Annual administration and progress report of the Indian Medical Department, Bombay
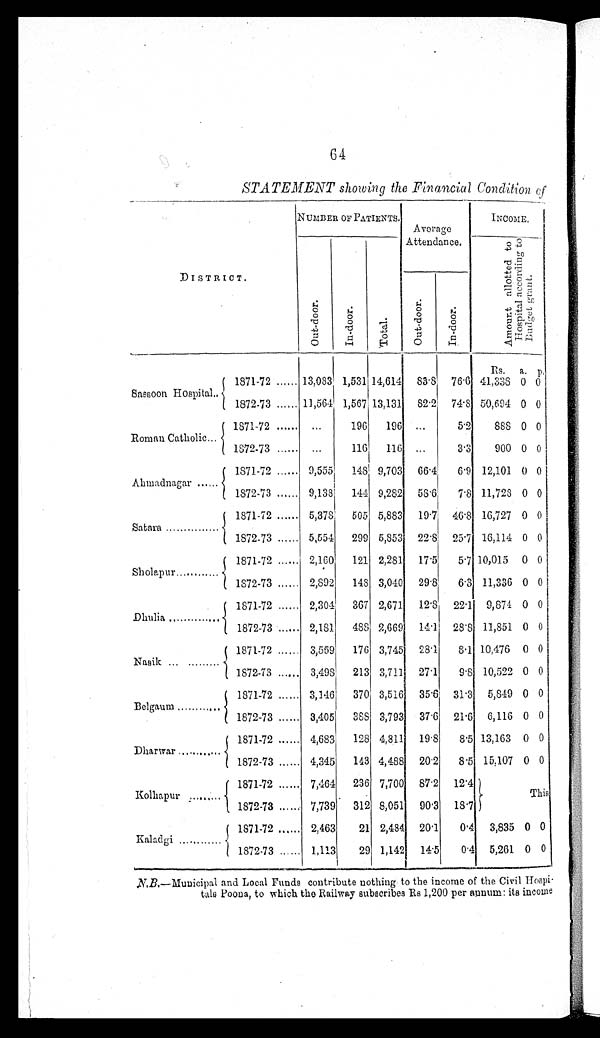
STATEMENT showing the Financial Condition of
DISTRICT.
NUMBER OF PATIENTS.
Average
Attendance.
INCOME.
O u t - d o o r .
I n - d o o r .
T o t a l .
A m o u n t a l l o t t e d t o
H o s p i t a l a c c o r d i n g t o
B u d g e t g r a n t .
O u t - d o o r . I n - d o o r .
R s . a. p.
Sassoon Hospital ...
1871-72 ...... 13,083 1,531 14,614 83.8 76 .6 41,338 0 0
1872-73 ...... 11,564 1,567 13,131 82.2 74. 8 50,694 0 0
Roman Catholic ...
1871-72 ...... ...
196 196 ...
5.2
888 0 0
1872-73 ...... ...
116 116
. . .
3.3
900 0 0
Ahmadnagar .......
1871-72 ...... 9,555 148 9,703 66.4
6.9 12,101 0 0
1872-73 ...... 9,138 144 9,282 58.6
7.8 11,728 0 0
Satara ...............
1871-72 ...... 5,378 505 5,883 19.7 46.8 16,727 0 0
1872-73 ...... 5,554 299 5,853 22.8 25.7 16,114 0 0
Sholapur ............
1871-72 ...... 2,160 121 2,281 17.5
5.7 10,015 0 0
1872-73 ...... 2,892 148 3,040 29.8 6.3 11,336 0 0
Dhulia ...............
1871-72 ...... 2,304 367 2,671 12.8 22.1 9,874 0 0
1872-73 ...... 2,181 488 2,669 14.1 28.8 11,851 0 0
Nasi k . . . . . . . . . . . .
1871-72 ...... 3,569 176 3,745 28.1
8.1 10,476 0 0
1872-73 ...... 3,498 213 3,711 27.1 9.8 10,522 0 0
Belgaum ............
1871-72 ...... 3,146 370 3,516 35.6 31.3 5,849 0 0
1872-73 ...... 3,405 388 3,793 37.6 21.6 6,116 0 0
Dharwar ............
1871-72 ...... 4,683 128 4,811 19. 8
8.5 13,163 0 0
1872-73 ...... 4,345 143 4,488 20.2 8.5 15,107 0 0
Kolhapur .........
1871-72 ...... 7,464 236 7,700 87.2 12.4
This
1872-73 ...... 7,739 312 8,051 90.3 18.7
Kaladgi ............
1871-72 ...... 2,463
21 2,484 20.1
0.4 3,835 0 0
1872-73 ...... 1,113
29 1,142 14.5
0.4 5,261 0 0
N.B. —Municipal and Local Funds contribute nothing to the income of the Civil Hospi-
tals Poona, to which the Railway subscribes Rs 1,200 per annum: its income